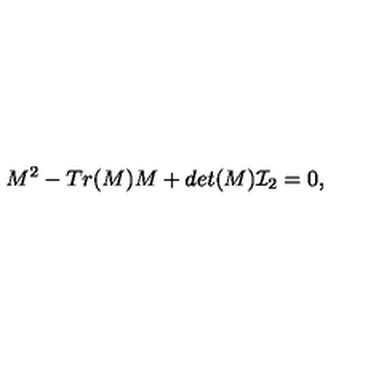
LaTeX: M ^ { 2 } - T r ( M ) M + d e t ( M ) { \cal I } _ { 2 } = 0 ,